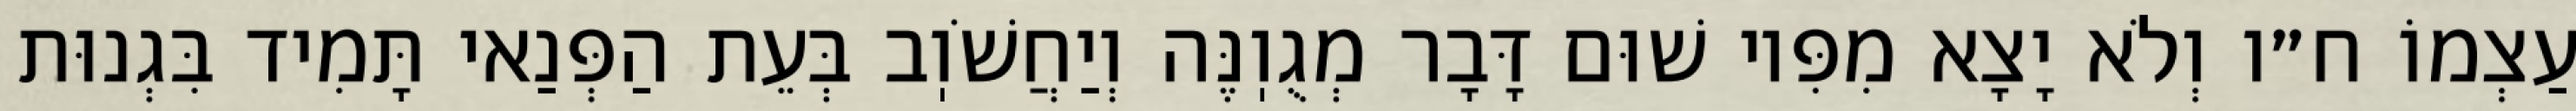
עַצְמוֹ ח״ו וְלֹא יָצָא מִפִּיו שׁוּם דָּבָר מְגֻוֽנֶּה וְיַחֲשֹׁוֽב בְּעֵת הַפְּנַאי תָּמִיד בִּגְנוּת